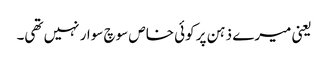
یعنی میرے ذہن پر کوئی خاص سوچ سوار نہیں تھی۔